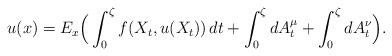
LaTeX: \begin{align*}u(x)=E_{x}\Big(\int_{0}^{\zeta}f(X_{t}, u(X_{t}))\,dt+\int_{0}^{\zeta}dA_{t}^{\mu}+\int_{0}^{\zeta}dA_{t}^{\nu}\Big).\end{align*}